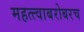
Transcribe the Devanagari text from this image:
महत्त्वाबरोबरच